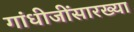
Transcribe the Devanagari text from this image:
गांधीजींसारख्या